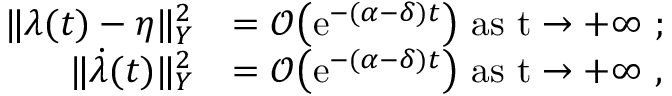
\begin{array} { r l } { \lVert \lambda ( t ) - \eta \rVert _ { Y } ^ { 2 } } & { = \mathcal { O } \big ( \mathrm { e } ^ { - ( \alpha - \delta ) t } \big ) \ \mathrm { a s ~ t \to + \infty ~ } ; } \\ { \lVert \dot { \lambda } ( t ) \rVert _ { Y } ^ { 2 } } & { = \mathcal { O } \big ( \mathrm { e } ^ { - ( \alpha - \delta ) t } \big ) \ \mathrm { a s ~ t \to + \infty ~ } , } \end{array}